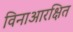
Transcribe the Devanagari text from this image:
विनाआरक्षित